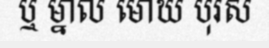
ឬ ម្នាល មោឃ បុរស